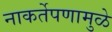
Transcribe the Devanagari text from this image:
नाकर्तेपणामुळे